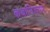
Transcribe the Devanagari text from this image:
कथानिरूपण